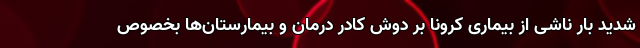
شدید بار ناشی از بیماری کرونا بر دوش کادر درمان و بیمارستان‌ها بخصوص